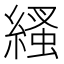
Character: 𦃐